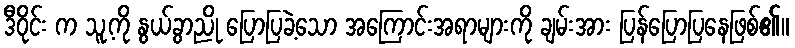
ဒီဝိုင်း က သူ့ကို နွယ်ခွာညို ပြောပြခဲ့သော အကြောင်းအရာများကို ချမ်းအား ပြန်ပြောပြနေဖြစ်၏။